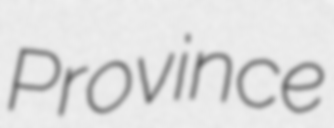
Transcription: Province